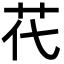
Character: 𦬴